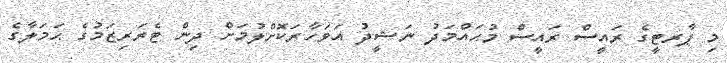
މި ޕާރޓީގެ ރައީސް ރައީސް މުޙައްމަދު ނަޝީދު އަވަހާރަކޮށްލުމަށް ދިން ޓެރަރިޒަމުގެ ޙަމަލާގެ